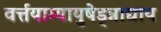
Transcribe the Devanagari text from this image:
वर्त्तयाम्यायुषेड्न्नाद्याय